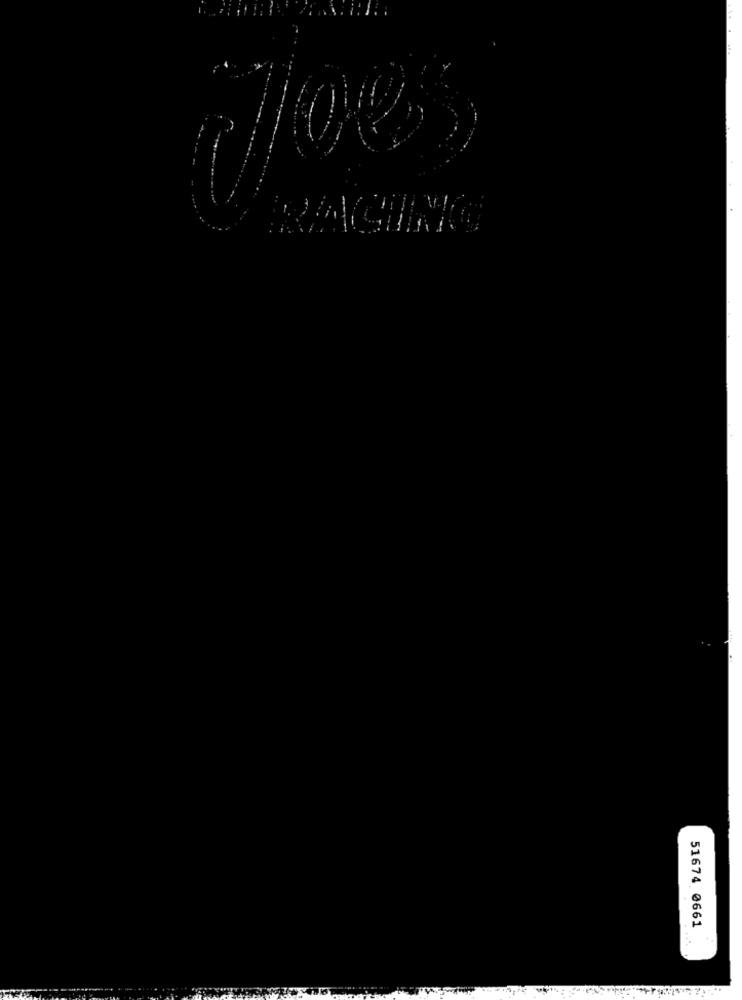
+
51674 0661